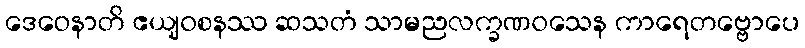
ဒေဝေနာတိ ဧယျဝစနဿ ဆသတံ သာမညလက္ခဏဝသေန ကာရေတဗ္ဗောပေ